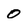
Character: 0